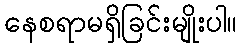
နေစရာမရှိခြင်းမျိုးပါ။